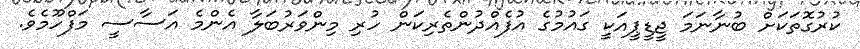
ކުރުގޮތަކަށް ބުނާނަމަ ޖީޑީޕީއަކީ ގައުމުގެ އުފެއްދުންތެރިކަން ހުރި މިންވަރުބަލާ އެންމެ އަސާސީ މަފްހޫމެވެ.